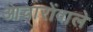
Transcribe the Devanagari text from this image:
आचारोंवाले